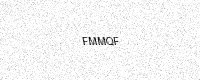
Text: FMMQF